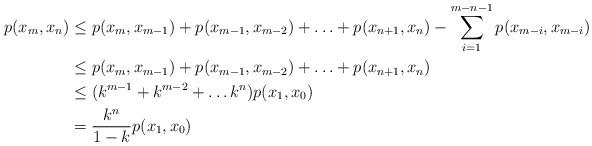
LaTeX: \begin{align*}p(x_m,x_n)&\leq p(x_m,x_{m-1})+p(x_{m-1},x_{m-2})+\ldots+p(x_{n+1},x_n)-\sum_{i=1}^{m-n-1}p(x_{m-i},x_{m-i})\\&\leq p(x_m,x_{m-1})+p(x_{m-1},x_{m-2})+\ldots+p(x_{n+1},x_n)\\&\leq(k^{m-1}+k^{m-2}+\ldots k^n)p(x_1,x_0)\\&=\frac{k^n}{1-k}p(x_1,x_0)\end{align*}